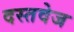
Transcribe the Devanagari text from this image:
दस्तवेज